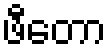
ဖီတော